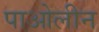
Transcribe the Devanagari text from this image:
पाओलीन